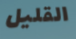
القليل